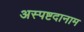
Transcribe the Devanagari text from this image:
अस्पष्टदानाम